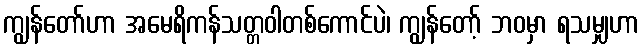
ကျွန်တော်ဟာ အမေရိကန်သတ္တဝါတစ်ကောင်ပဲ၊ ကျွန်တော့် ဘဝမှာ ရသမျှဟာ